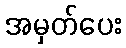
အမှတ်ပေး